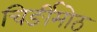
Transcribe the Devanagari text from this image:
चिर्ङीमोठ